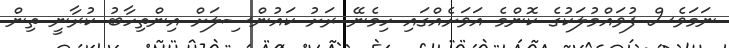
ނަމަވެސް ފުވައްމުލަކުގެ ކޮންމެ އަވަށެއްގައި ހިމެނޭ ރަށު ކައުންސިލަށް އިންތިހާބު ކުރާނީ ތިން